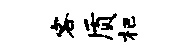
客质杷